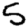
Digit: 5